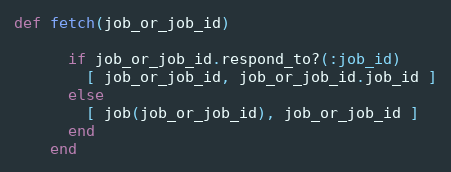
Language: Ruby
def fetch(job_or_job_id)

      if job_or_job_id.respond_to?(:job_id)
        [ job_or_job_id, job_or_job_id.job_id ]
      else
        [ job(job_or_job_id), job_or_job_id ]
      end
    end